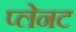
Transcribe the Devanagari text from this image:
प्लेनट